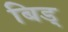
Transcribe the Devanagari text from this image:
बिड्